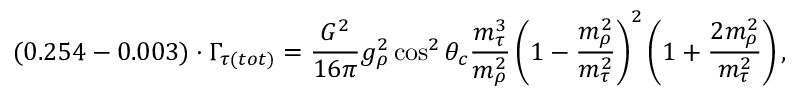
( 0 . 2 5 4 - 0 . 0 0 3 ) \cdot \Gamma _ { \tau ( t o t ) } = \frac { G ^ { 2 } } { 1 6 \pi } g _ { \rho } ^ { 2 } \cos ^ { 2 } \theta _ { c } \frac { m _ { \tau } ^ { 3 } } { m _ { \rho } ^ { 2 } } \left( 1 - \frac { m _ { \rho } ^ { 2 } } { m _ { \tau } ^ { 2 } } \right) ^ { 2 } \left( 1 + \frac { 2 m _ { \rho } ^ { 2 } } { m _ { \tau } ^ { 2 } } \right) ,